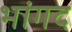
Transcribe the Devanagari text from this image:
भांगद